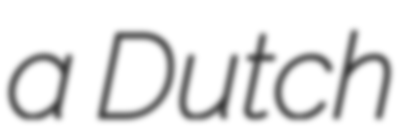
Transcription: a Dutch